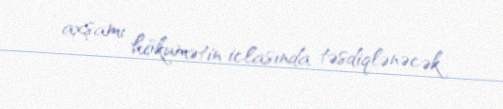
axşamı hökumətin iclasında təsdiqlənəcək.